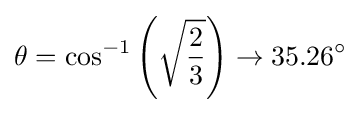
\theta =\cos ^{-1}\left({\sqrt {\frac {2}{3}}}\right)\to 35.26^{\circ }